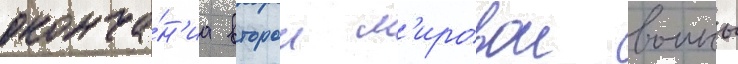
оконча́н'иа второи м'ировои воины